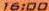
16:00